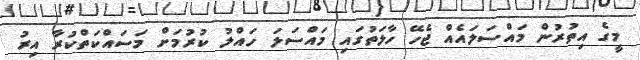
މީގެ އިތުރުން މައްސަލައެއް ޖެހޭ ހާލަތުގައި މައްސަލަ ހައްލު ކުރުމަށް މަސައްކަތްކުރާ އިރު